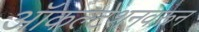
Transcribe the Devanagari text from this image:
ऑकल्टेशनवरून